Investigations on Bengal jail dietaries - Number 37
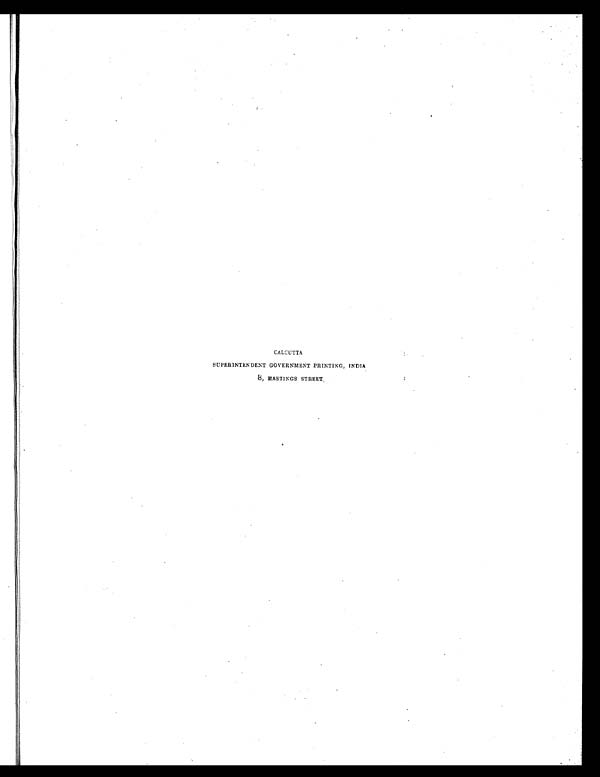
CALCUTTA
SUPERINTENDENT GOVERNMENT PRINTING, INDIA
8, HASTINGS STREET